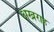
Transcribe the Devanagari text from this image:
अखराह